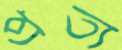
প্রত্য